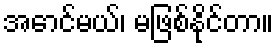
အောင်မယ်၊ မဖြစ်နိုင်တာ။